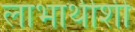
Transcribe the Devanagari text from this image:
लाभार्थीशी